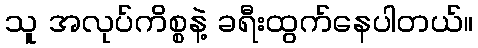
သူ အလုပ်ကိစ္စနဲ့ ခရီးထွက်နေပါတယ်။